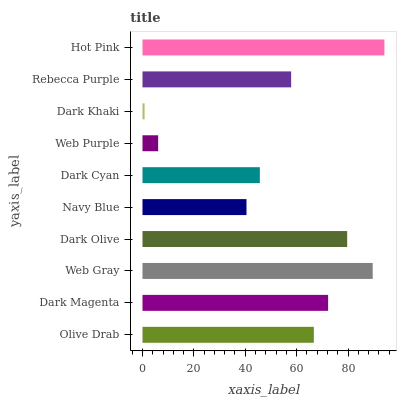
| yaxis_label | bars |
 | --- | --- |
 | Olive Drab | 66.7 |
 | Dark Magenta | 72.2 |
 | Web Gray | 89.6 |
 | Dark Olive | 79.7 |
 | Navy Blue | 40.5 |
 | Dark Cyan | 45.7 |
 | Web Purple | 6.09 |
 | Dark Khaki | 0.823 |
 | Rebecca Purple | 57.9 |
 | Hot Pink | 94.1 |